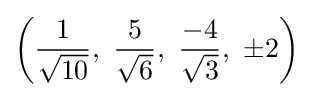
\left({\frac {1}{\sqrt {10}}},\ {\frac {5}{\sqrt {6}}},\ {\frac {-4}{\sqrt {3}}},\ \pm 2\right)